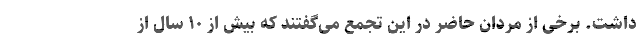
داشت. برخی از مردان حاضر در این تجمع می‌گفتند که بیش از ۱۰ سال از